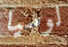
لوسيا